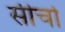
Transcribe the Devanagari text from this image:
सीचो